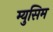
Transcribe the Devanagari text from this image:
म्युसिम